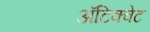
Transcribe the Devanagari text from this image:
अॅटिक्वेट